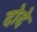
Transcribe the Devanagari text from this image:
दोदे